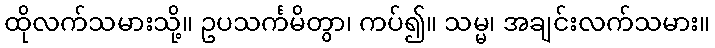
ထိုလက်သမားသို့။ ဥပသင်္ကမိတွာ၊ ကပ်၍။ သမ္မ၊ အချင်းလက်သမား။